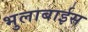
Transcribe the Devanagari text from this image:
भुलाबाईस